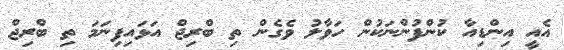
އެއީ އިންޑިއާ ކުންފުންނަކުން ހަވާލު ވެގެން ތި ބްރިޖް އަޅައިފިނަމަ ތި ބްރިޖް